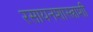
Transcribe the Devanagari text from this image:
रसायनशास्त्राशी